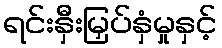
ရင်းနှီးမြှပ်နှံမှုနှင့်